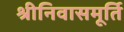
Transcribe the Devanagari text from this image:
श्रीनिवासमूर्ति